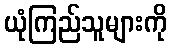
ယုံကြည်သူများကို